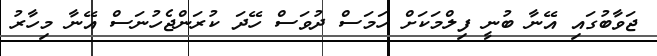
ޖަވާބުގައި އޭނާ ބުނީ ފިލްމަކަށް ހަމަސް ދުވަސް ހޭދަ ކުރަންޖެހުނަސް އޭނާ މިހާރު